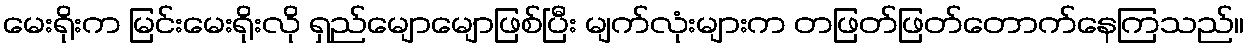
မေးရိုးက မြင်းမေးရိုးလို ရှည်မျောမျောဖြစ်ပြီး မျက်လုံးများက တဖြတ်ဖြတ်တောက်နေကြသည်။